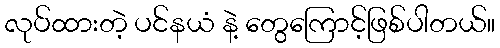
လုပ်ထားတဲ့ ပင်နယံ နဲ့ တွေကြောင့်ဖြစ်ပါတယ်။